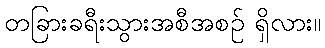
တခြားခရီးသွားအစီအစဉ် ရှိလား။